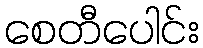
စေတီပေါင်း